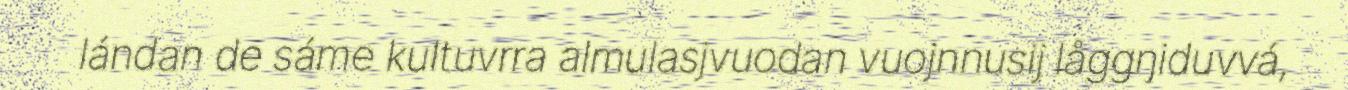
lándan de sáme kultuvrra almulasjvuodan vuojnnusij låggŋiduvvá,